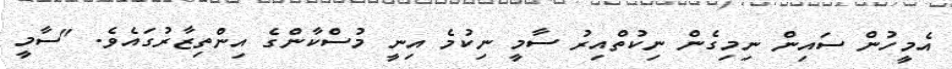
އެމީހުން ސައިން ނިމިގެން ނިކުތްއިރު ސާމީ ނިކުމެ އިނީ މުސްކާންގެ އިންތިޒާރުގައެވެ. "ސާމީ